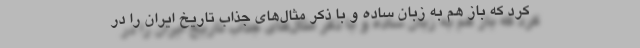
کرد که باز هم به زبان ساده و با ذکر مثال‌های جذاب تاریخ ایران را در